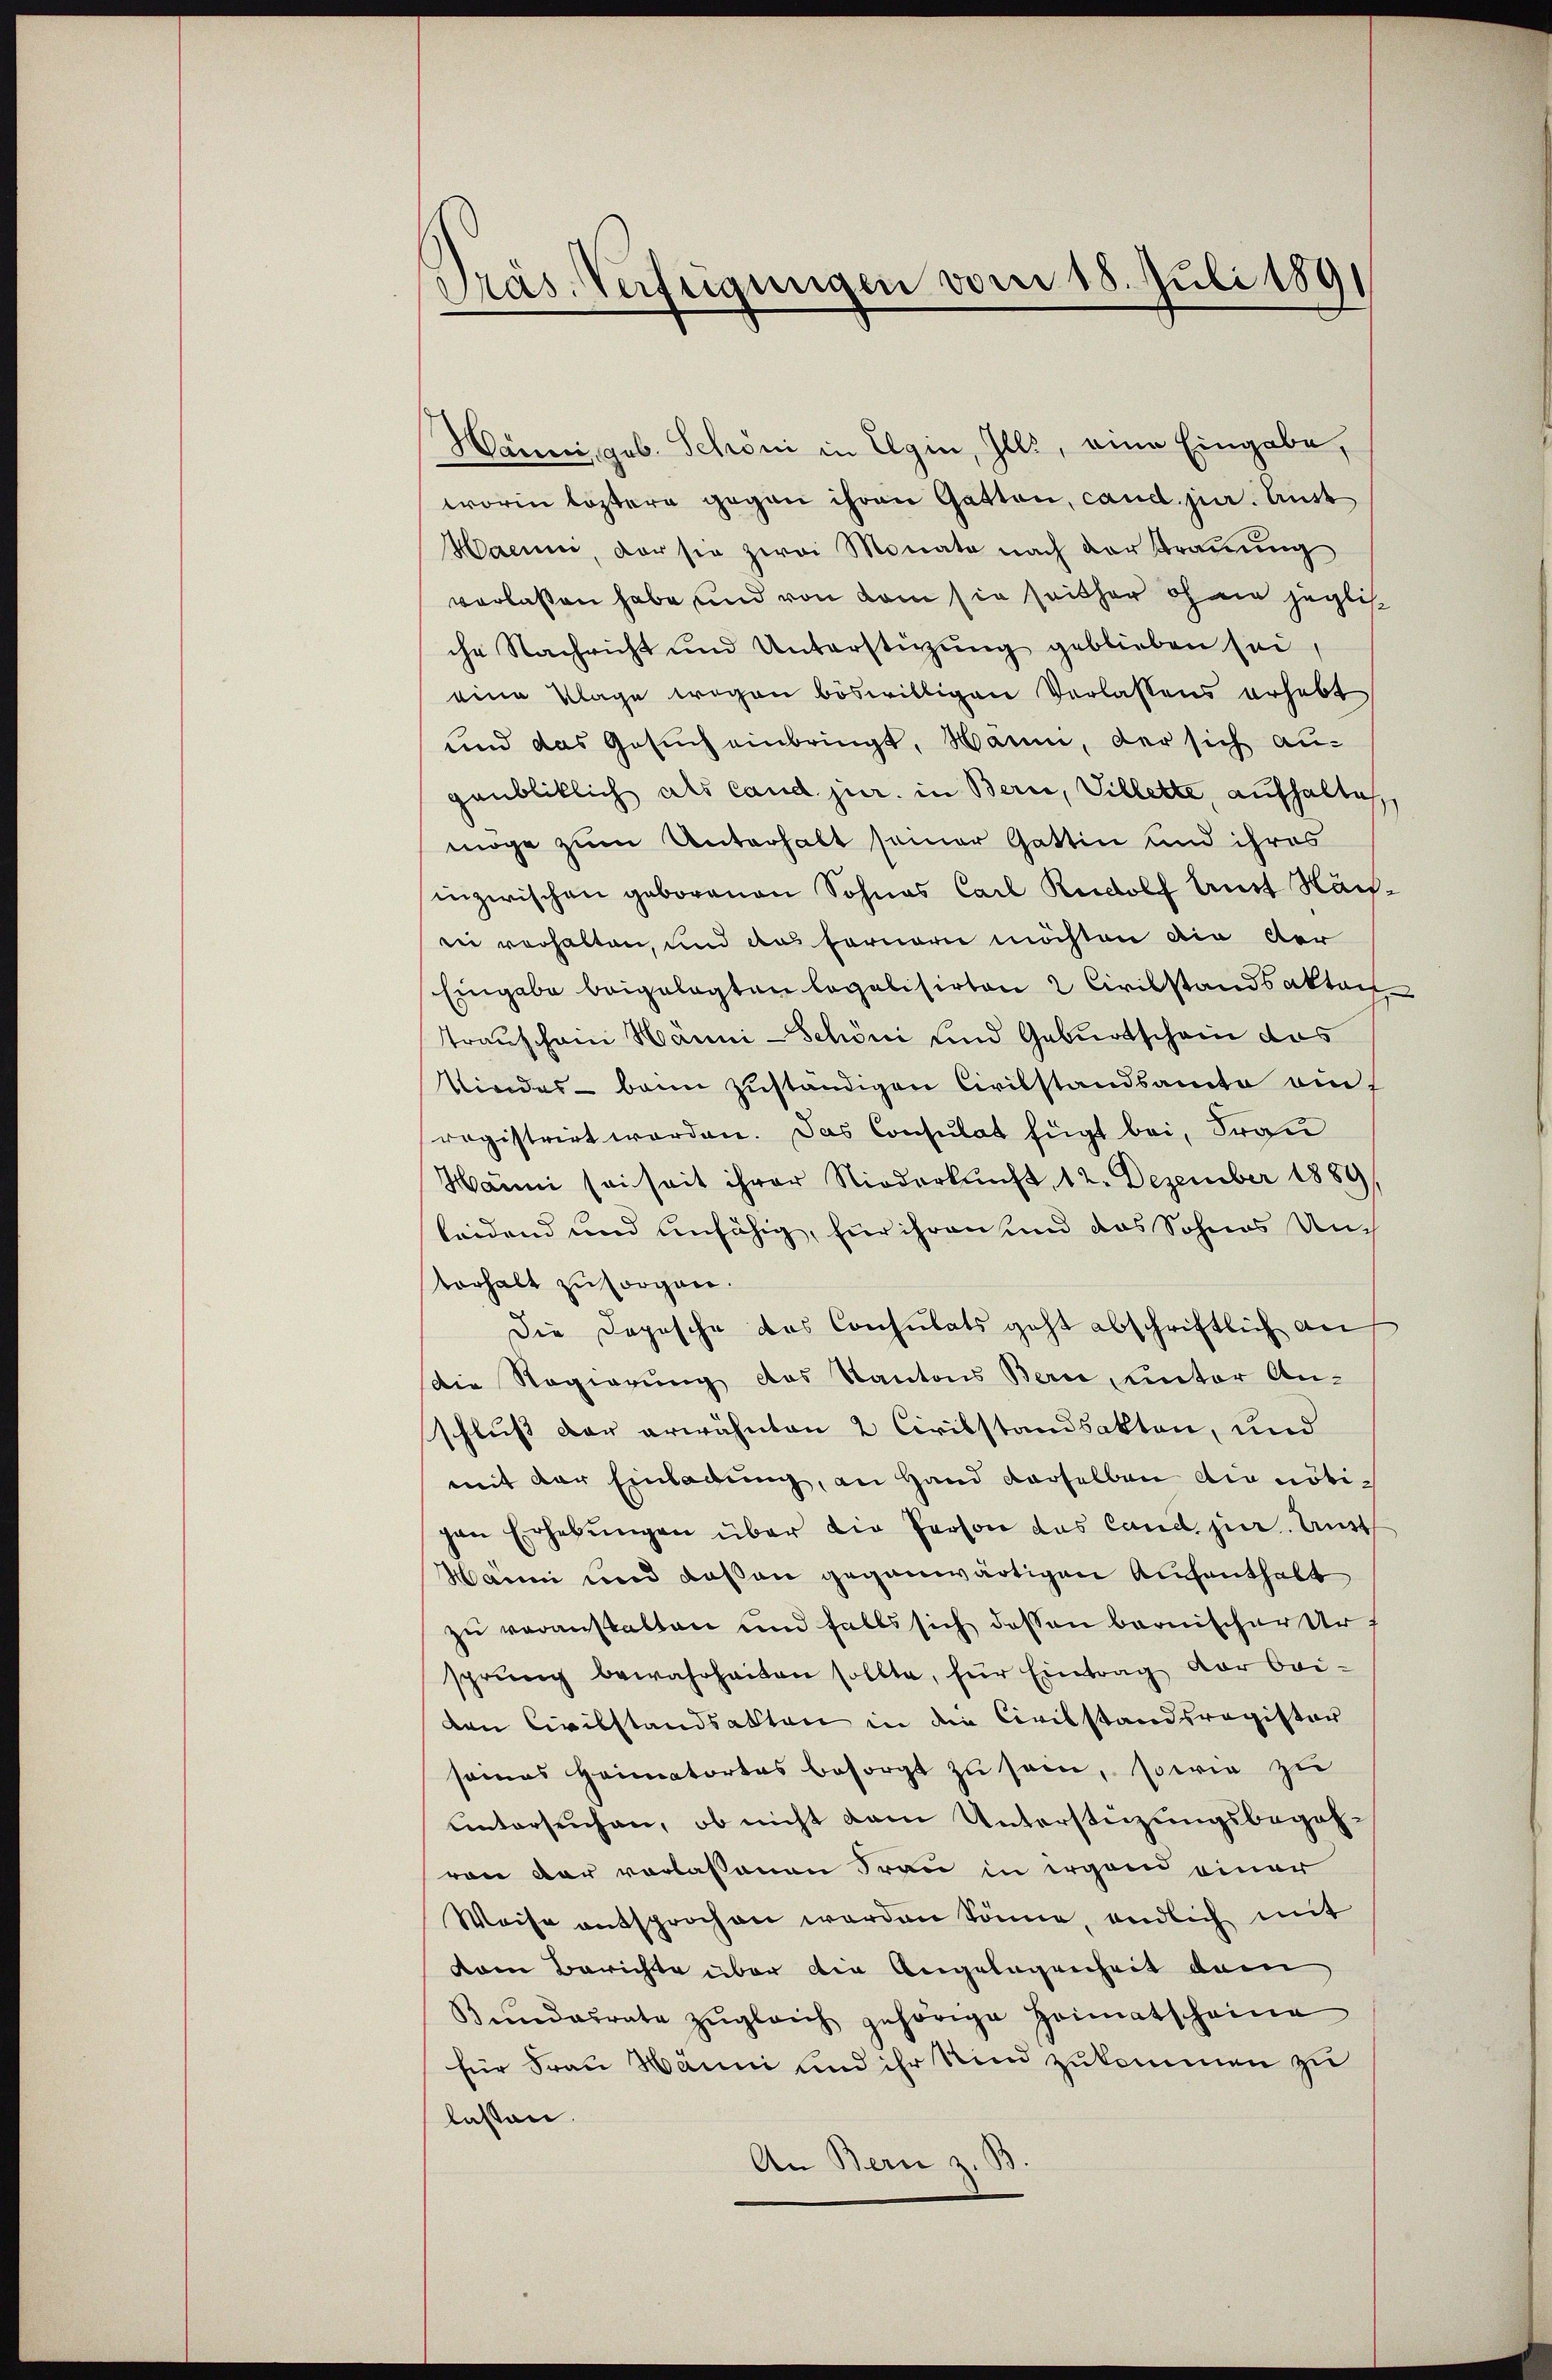
Präs. Verfügungen vom 18. Juli 1891

Hanni, geb. Schöni in Elgin, Ills, eine Eingabe,
worin leztere gegen ihren Gatten, cand. jur. Aust
Haenn, der sie zwei Monate nach der Trauung
verlassen habe und von dem sie seither ohne jeglich
che Nachricht und Unterstützung geblieben sei,
eine Klage wegen böswilligen Verlassens erhebt
und das Gesuch einbringt, Mann, der sich augaubliklich als Cand. jur. in Bern, Villette aufhalte
möge zum Unterhalt seiner Gattin und ihres
inzwischen geborenen Sohnes Carl Rudolf Amst Nach-
rei verhalten, und das fernern möchten die der
Eingabe beigelegten legalisirten 2 Civilstandsaktan
Transchein Hänni-Schöni und Geburtschein das
Viedas beim zuständigen Civilstandsamte auf
registrirt worden. Das Consulat fügt bei, Frau
Hänni sei seit ihrer Niederkunft 12. Dezember 1889
leidend und unfähig, für ihren und das Sohnes Unvorhalt zu sorgen.
Die Dopische das Consulats geht abschriftlich an
Die Regierung des Kantons Bern unter An-
schluß der erwähnten 2 Civilstandsakten, und
mit der Einladung, an Hand derselben die nötipan Erhebŭngen über die Person das Cand. jur. Unt
Main und daß an gegenwärtigen Aufenthalt
zu veranstalten und falls sich dessen barnischer Ur-
sprung bewahrheiten sollte, für Eintrag der bei-
den Civilstandsakten in die Civilstandsregister
somas Heimatortes besorgt zu sein, sowie zu
untersuchen, ob nicht dem Unterstüzungsbegehvon dar verlassenen Frau in irgend einer
Weise entsprochen worden könne, endlich mit
vom Berichte über die Angelegenheit dem
Bŭndesrate zŭgleich gehörige Heimatscheine
für Frau Hänni und ihr Kind zukommen zu
lassen.
An Bern z. B.